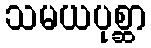
သမယပုစ္ဆာ